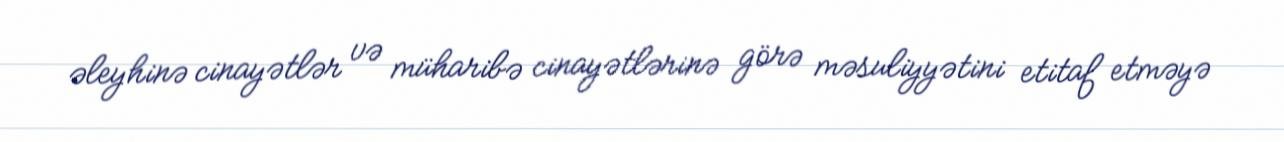
əleyhinə cinayətlər və müharibə cinayətlərinə görə məsuliyyətini etitaf etməyə